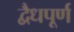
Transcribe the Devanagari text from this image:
द्वैधपूर्ण